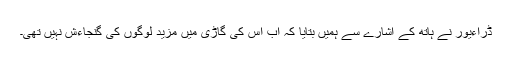
ڈراءیور نے ہاتھ کے اشارے سے ہمیں بتایا کہ اب اس کی گاڑی میں مزید لوگوں کی گنجاءش نہیں تھی۔